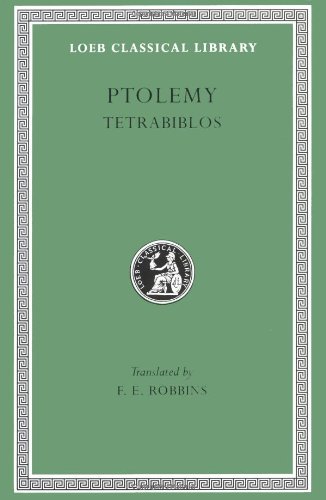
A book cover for Ptolemy: Tetrabiblos (Loeb Classical Library No. 435); Ptolemy; Politics & Social Sciences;